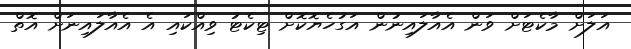
އަލަށް މާކެޓަށް ވަން އެއާލައިނުން އަގުހެޔޮކޮށް ޓިކެޓު ވިއްކައި އެ އެއާލައިނަށް އޮތް